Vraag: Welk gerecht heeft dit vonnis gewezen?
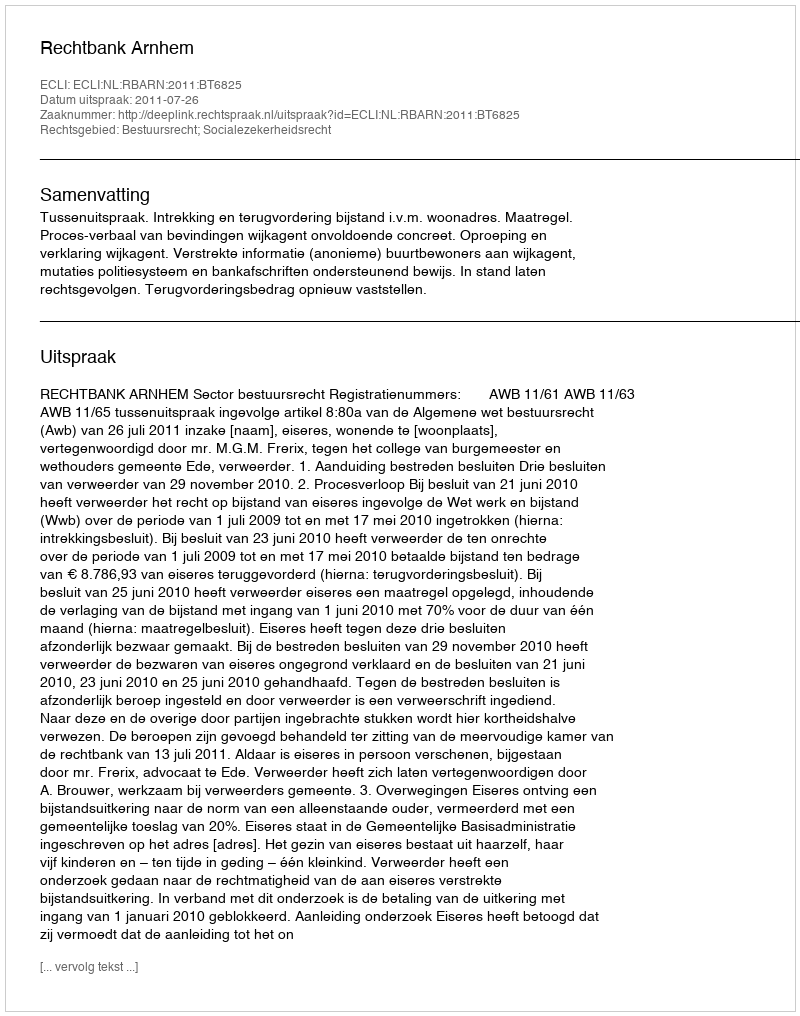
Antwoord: Rechtbank Arnhem